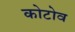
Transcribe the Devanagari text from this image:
कोटोव